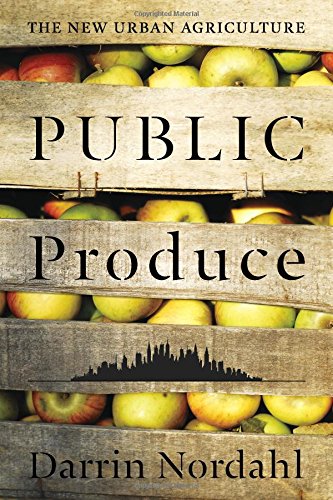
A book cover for Public Produce: The New Urban Agriculture; Darrin Nordahl; Science & Math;